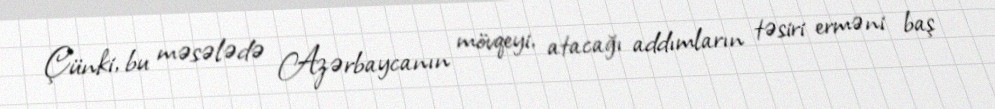
Çünki, bu məsələdə Azərbaycanın mövqeyi, atacağı addımların təsiri erməni baş